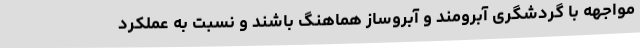
مواجهه با گردشگری آبرومند و آبروساز هماهنگ باشند و نسبت به عملکرد